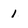
Character: 1